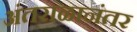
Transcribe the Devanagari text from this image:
अंतराळानंतर